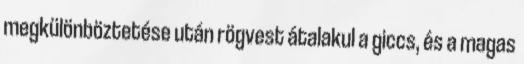
megkülönböztetése után rögvest átalakul a giccs, és a magas